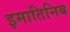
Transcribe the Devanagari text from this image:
इमातिनिब